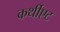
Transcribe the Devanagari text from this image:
कर्थीएट